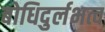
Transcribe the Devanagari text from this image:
बोधिदुर्लभत्व